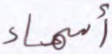
أسماء